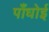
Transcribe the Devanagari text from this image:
पाँधोई